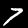
Digit: 7